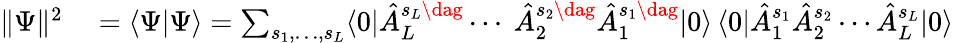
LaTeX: \begin{array}{rl}{\| \Psi\| ^{2}}&{{}\textstyle=\langle\Psi|\Psi\rangle\stackrel{}{=}\sum_{s_{1},\dotsc,s_{L}}\langle 0|\hat{A}_{L}^{s_{L}\dag}\dotsb\ \hat{A}_{2}^{s_{2}\dag}\hat{A}_{1}^{s_{1}\dag}|0\rangle\, \langle 0|\hat{A}_{1}^{s_{1}}\hat{A}_{2}^{s_{2}}\dotsb\hat{A}_{L}^{s_{L}}|0\rangle}\end{array}